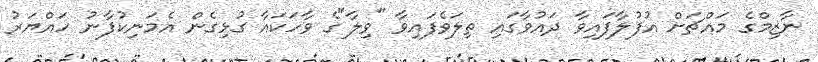
ނާޒިމްގެ މައްޗަށް އުފުލާފައިވާ ދައުވާގައި ތިލަވެފައިވާ "ވިލާ"ގެ ވާހަކައާ ގުޅިގެން އެމަނިކުފާނު ހައްޔަރު